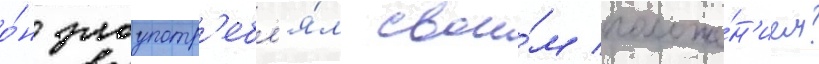
о́н злоупотр'ебл'я́л свои́м положе́н'ием